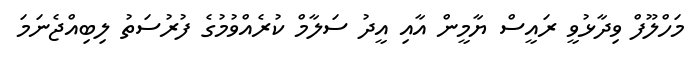
މަހްލޫފް ވިދާޅުވީ ރައީސް ޔާމީން އާއި އީދު ސަލާމް ކުރެއްވުމުގެ ފުރުސަތު ލިބިއްޖެނަމަ